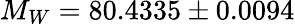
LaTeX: M_{W}=80.4335\pm 0.0094